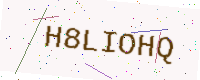
Text: H8LIOHQ